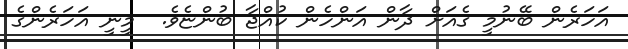
އަހަރެން ބޭނުމީ ގެއަށް ދާން އަންހެެން ކުއްޖާ ބުންޏެވެ.  މީނީ އަހަރެންގެ